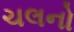
ચલનો